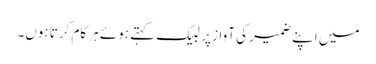
میں اپنے ضمیر کی آواز پر لبیک کہتے ہوئے ہر کام کرتا ہوں۔